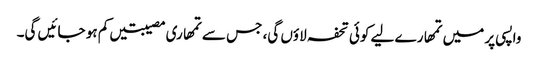
واپسی پر میں تمھارے لیے کوئی تحفہ لاؤں گی، جس سے تمھاری مصیبتیں کم ہو جائیں گی۔